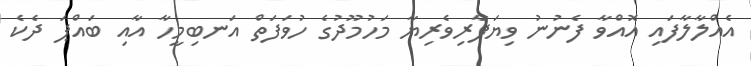
އެއްލާލާފައި އޮއްވާ ފެނުނު ވިޔަފާރިވެރިޔާ މަހުމޫދުގެ ހުވަފަތް އަނބިމީހާ އާއި ބައްޕަ ދެކެ